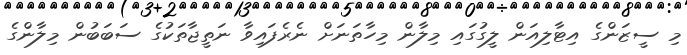
މި ސީޒަންގެ އިޓާލިއަން ލީގުގައި މިލާން މިހާތަނަށް ނެރެފައިވާ ނަތީޖާތަކުގެ ސަބަބުން މިލާންގެ